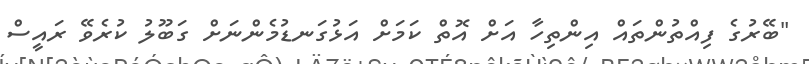
"ބޭރުގެ ފިއްތުންތައް އިންތިހާ އަށް އޮތް ކަމަށް އަޅުގަނޑުމެންނަށް ގަބޫލު ކުރެވޭ ރައީސް